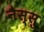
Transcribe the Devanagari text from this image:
नैस्सु